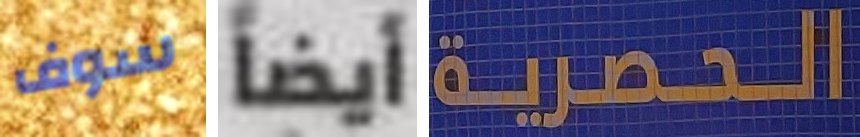
سوف أيضاً الحصرية